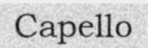
Capello